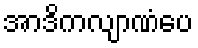
အာဒိကလျာဏံပေ